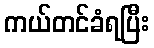
ကယ်တင်ခံရပြီး